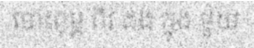
បោះពុម្ព ពីរ ដង ក្នុង មួយ